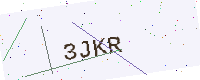
Text: 3JKR